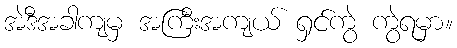
အဲဒီအခါကျမှ အကြီးအကျယ် ရှင်ကွဲ ကွဲရမှာ။